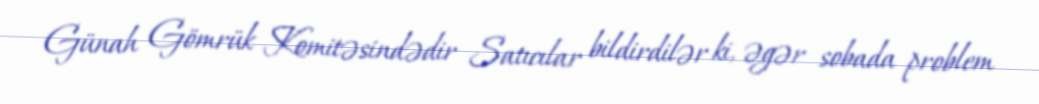
Günah Gömrük Komitəsindədir Satıcılar bildirdilər ki, əgər sobada problem